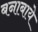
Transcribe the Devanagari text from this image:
बनाबाये